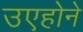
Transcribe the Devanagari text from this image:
उएहोने